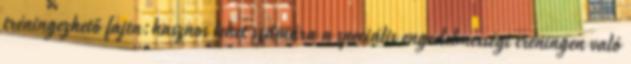
tréningezhető fajta:hasznos lehet számára a speciális engedelmességi tréningen való